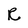
Character: R